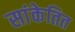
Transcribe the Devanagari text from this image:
सांकेतित